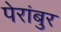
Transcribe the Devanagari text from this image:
पेरांबुर